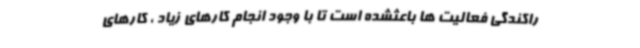
راکندگی فعالیت ها باعثشده است تا با وجود انجام کارهای زیاد ، کارهای